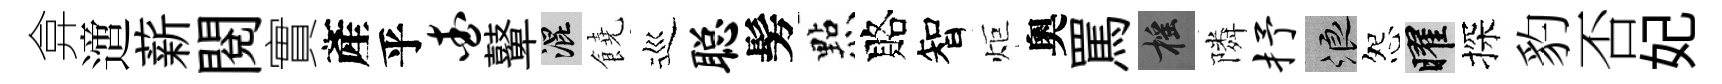
弇𨗁薪閲實產乎查鼙混饒巡聪髣㸃賂智炬奧罵摇隣抒浪怨曜探豹否妃